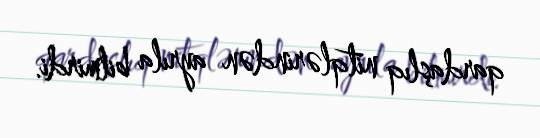
qardaşlıq nitqlərindən ayrıla bilmirdi.